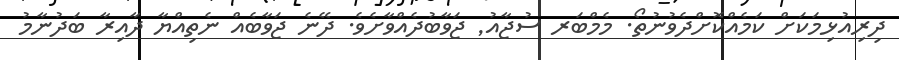
ދިރިއުޅިމަކަށް ކަމެއްކޮށްދެވުނުތޯ. މެމްބަރ ސުޖާއު